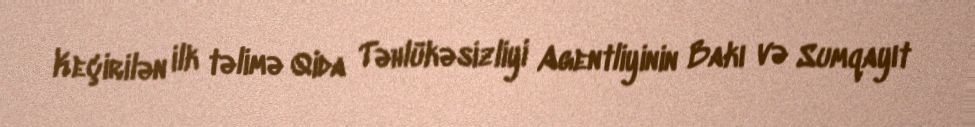
Keçirilən ilk təlimə Qida Təhlükəsizliyi Agentliyinin Bakı və Sumqayıt